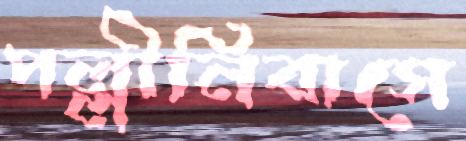
পল্লীনিবাসে